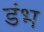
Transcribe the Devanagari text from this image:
डंभ